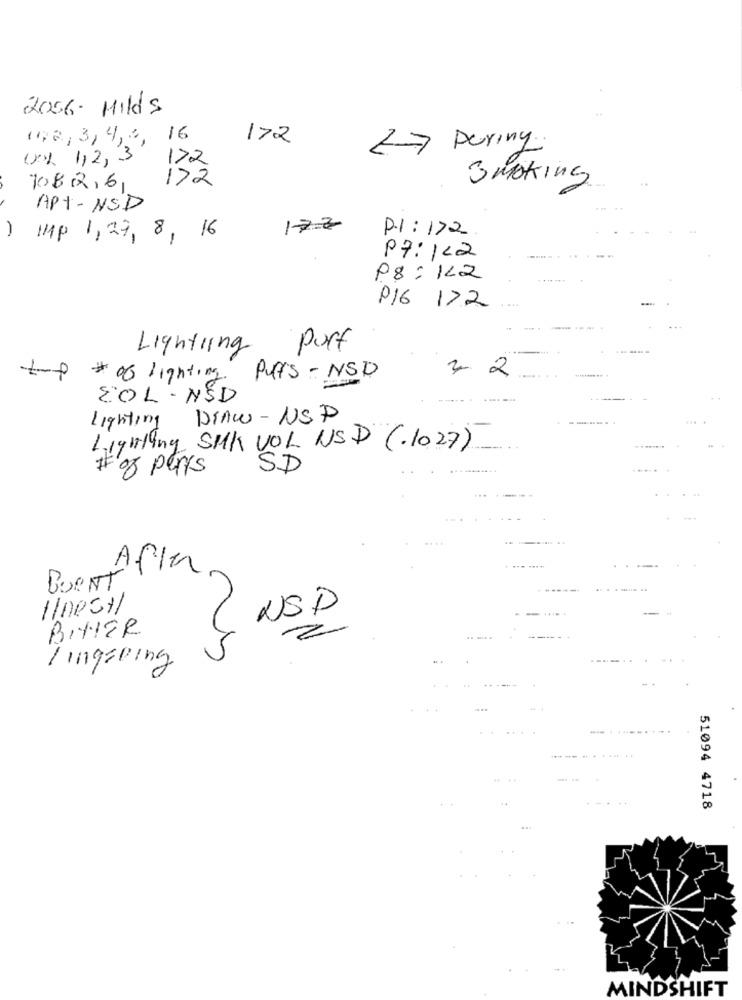
2056. Milds
1,2, 3, 4,6,
16
172
27 During
ONL 1,2, 3
172
172
Smoking
7082,6
APt-NSD
172
P.1: 172
Hp 1,29, 8, 16
P7: 122
P8: 122
P16 172
Lighting Port
top * 06 lighting Puffs- NSD
4 2
EOL - NED
Lighting DEAW- NSP
Lighting SMK VOL USD (.1027)
# of paris
SD
.. .
Afla
BURNT
H/ nest
USD
BITTER
.. ....
----
lingering
. ..
51094 4718
MINDSHIFT